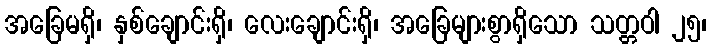
အခြေမရှိ၊ နှစ်ချောင်းရှိ၊ လေးချောင်းရှိ၊ အခြေများစွာရှိသော သတ္တဝါ ၂၅၊